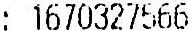
: 1670327566